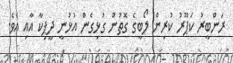
ރަންބީރު ކަޕޫރު ކުރިން ލޯބީގެ ގޮތުން ގުޅިގެން އުޅުނީ ދީޕިކާ އާއި އެވެ.